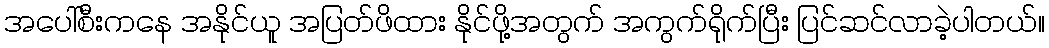
အပေါ်စီးကနေ အနိုင်ယူ အပြတ်ဖိထား နိုင်ဖို့အတွက် အကွက်ရိုက်ပြီး ပြင်ဆင်လာခဲ့ပါတယ်။